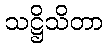
သဋ္ဌိသိတာ